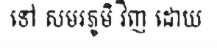
ទៅ សមរភូមិ វិញ ដោយ